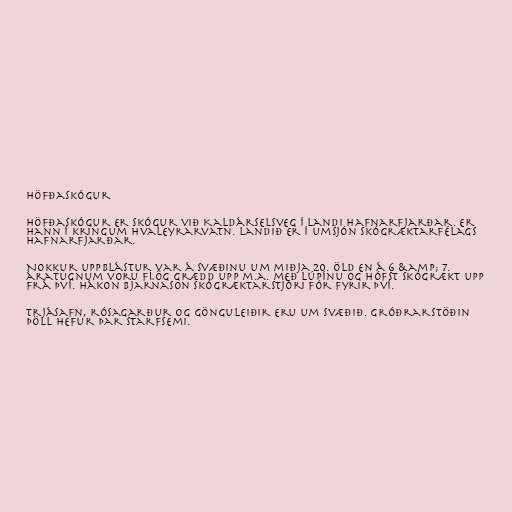
Höfðaskógur

Höfðaskógur er skógur við Kaldárselsveg í landi Hafnarfjarðar. Er
hann í kringum Hvaleyrarvatn. Landið er í umsjón Skógræktarfélags
Hafnarfjarðar.

Nokkur uppblástur var á svæðinu um miðja 20. öld en á 6 &amp; 7.
áratugnum voru flög grædd upp m.a. með lúpínu og hófst skógrækt upp
frá því. Hákon Bjarnason skógræktarstjóri fór fyrir því.

Trjásafn, rósagarður og gönguleiðir eru um svæðið. Gróðrarstöðin
Þöll hefur þar starfsemi.